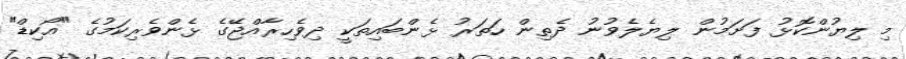
މި ލިޔުންކޮޅު ފަށަމުން ލިޔެލެވުނު ދެތިން ހަތަރު ޅެންބައިތަކީ ދިވެހިރާއްޖޭގެ ޅެންވެރިކަމުގެ "އޯކިޑް"